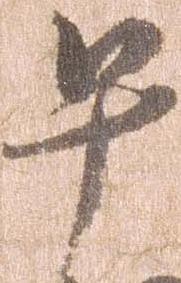
早